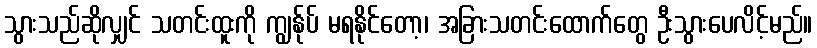
သွားသည်ဆိုလျှင် သတင်းထူးကို ကျွန်ုပ် မရနိုင်တော့၊ အခြားသတင်းထောက်တွေ ဦးသွားပေလိင့်မည်။